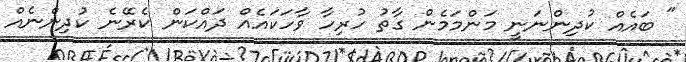
" ބައެއް ކުދިންނަނީ މަންމަމެން ގާތު ހުރިހާ ވާހަކައެއް ދައްކަން ކެރޭނެ ކުދިންނެއް